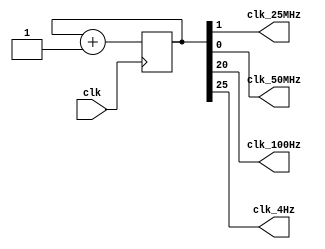
`timescale 1ns / 1ps
//////////////////////////////////////////////////////////////////////////////////
// Company: 
// Engineer: 
// 
// Design Name: 
// Module Name: Clock_divide
// Project Name: 
// Target Devices: 
// Tool Versions: 
// Description: 
// 
// Dependencies: 
// 
// Revision:
// Revision 0.01 - File Created
// Additional Comments:
// 
//////////////////////////////////////////////////////////////////////////////////


module Clock_divide(
    input wire clk,
    output wire clk_25MHz,
    output wire clk_50MHz,
    output wire clk_100Hz, //119Hz
    output wire clk_4Hz //3.7Hz has changed
    );
    
    reg [28:0]clkdiv;
    //reg [30:0]clkdv_2;
    
    initial begin
        clkdiv <= 0;
        //clkdiv_2 <= 0;
        //clk_2Hz <= 0;
    end
    
    assign clk_50MHz = clkdiv[0];
    assign clk_25MHz = clkdiv[1];
    assign clk_100Hz = clkdiv[20];
    assign clk_4Hz = clkdiv[25];   
    
    always @ (posedge clk)
        begin
            clkdiv <= clkdiv + 1;
        end
    /*
    always @ (posedge clk)
        begin
            if(clkdiv_2 <= 499999999) begin
                clkdiv_2 <= 0;
                clk_4Hz <= clk_4Hz + 1;
            end
            if(clkdiv_2 <= 250000000) begin
                clkdiv_2 <= clkdiv + 1;
                clk_4Hz <= clk_4Hz + 1;
            end
            else clkdiv_2 <= clkdiv + 1;
        end
    */
endmodule